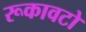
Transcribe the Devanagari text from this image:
रूकावटो